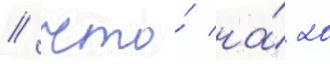
/ что́ на́ 20